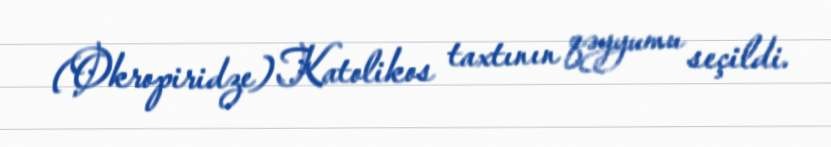
(Okropiridze) Katolikos taxtının qəyyumu seçildi.